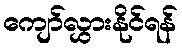
ကျော်လွှားနိုင်ရန်